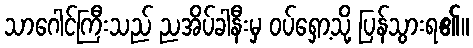
သာဂေါင်ကြီးသည် ညအိပ်ခါနီးမှ ဝပ်ရှော့သို့ ပြန်သွားရ၏။